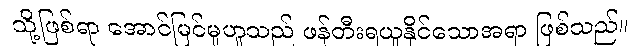
သို့ဖြစ်ရာ အောင်မြင်မှုဟူသည် ဖန်တီးရယူနိုင်သောအရာ ဖြစ်သည်။